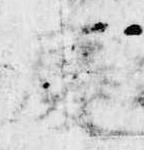
慶